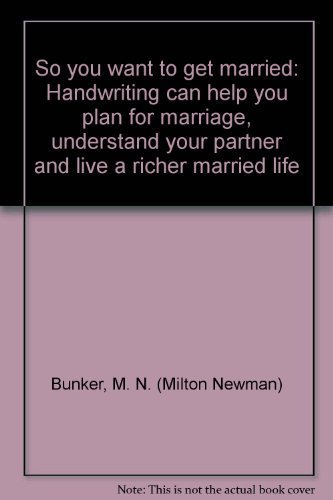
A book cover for So you want to get married: Handwriting can help you plan for marriage, understand your partner and live a richer married life; M. N. (Milton Newman) Bunker; Self-Help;